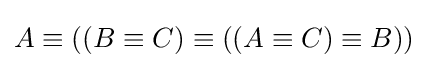
A\equiv ((B\equiv C)\equiv ((A\equiv C)\equiv B))